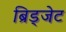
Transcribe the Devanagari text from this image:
ब्रिड्जेट